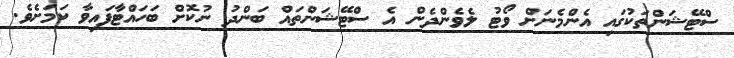
ސްޓޭޝަންތަކުގައި އެންމެނަށް ވޯޓު ލެވެންދެން އެ ސްޓޭޝަންތައް ބަންދު ނުކޮށް ބަހައްޓާފައިވާ ކަމަށެވެ.